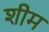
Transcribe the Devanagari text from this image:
शीम